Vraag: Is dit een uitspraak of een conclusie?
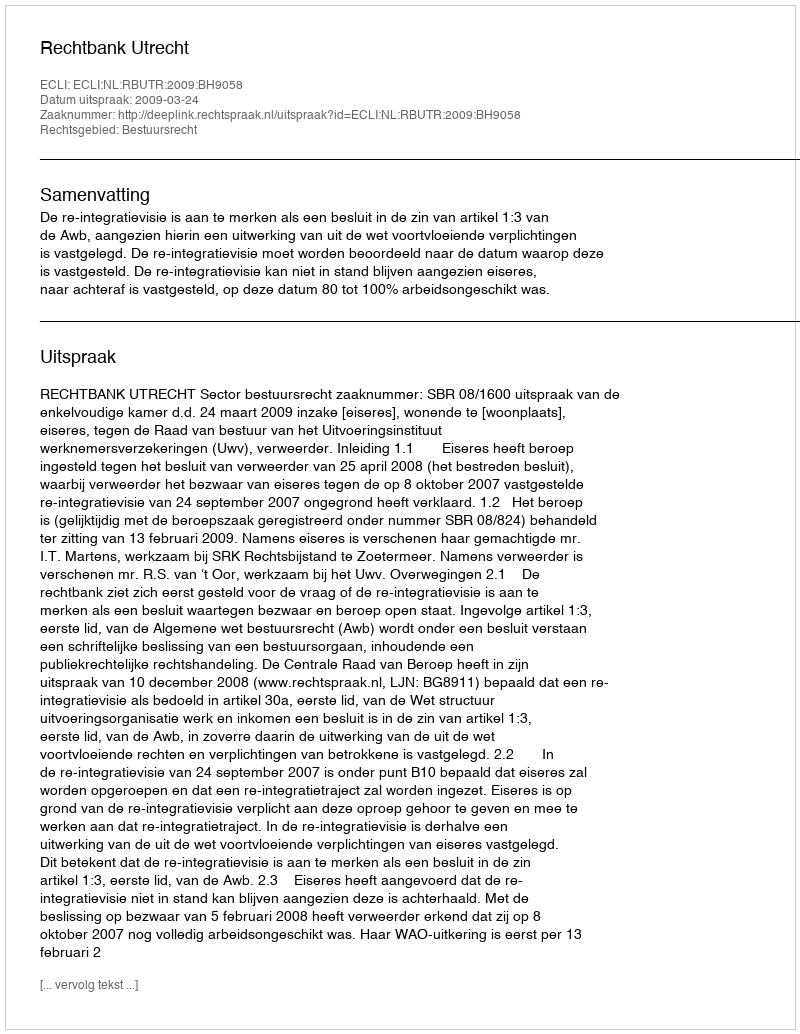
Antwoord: Uitspraak